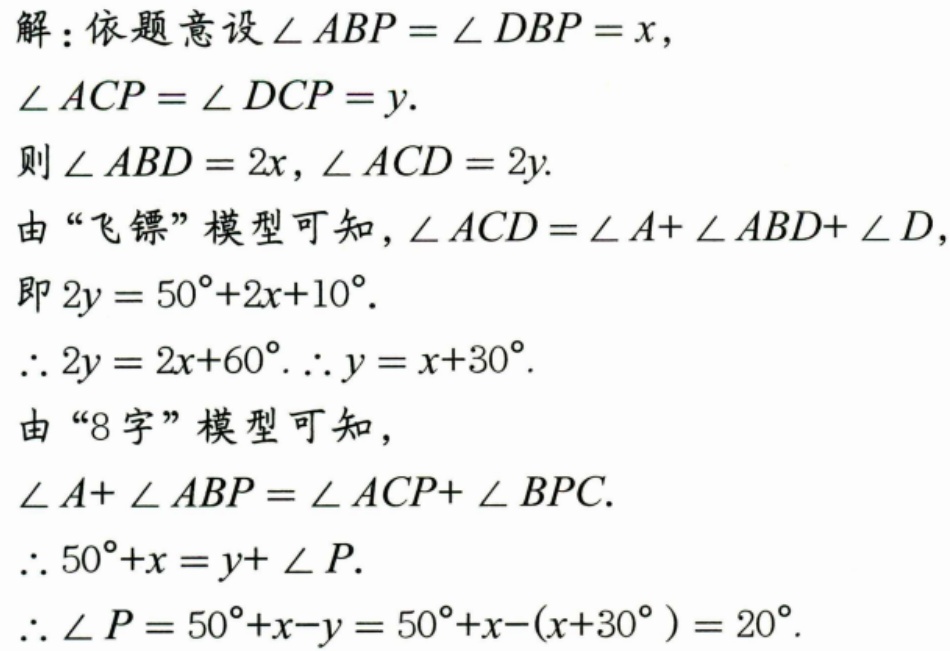
解：依题意设 \(\angle ABP=\angle DBP = x\)，
\(\angle ACP=\angle DCP = y\).
则 \(\angle ABD = 2x\)，\(\angle ACD = 2y\).
由“飞镖”模型可知，\(\angle ACD=\angle A+\angle ABD+\angle D\)，
即 \(2y = 50^{\circ}+2x + 10^{\circ}\).
\(\therefore 2y = 2x+60^{\circ}.\therefore y = x + 30^{\circ}\).
由“8字”模型可知，
\(\angle A+\angle ABP=\angle ACP+\angle BPC\).
\(\therefore 50^{\circ}+x = y+\angle P\).
\(\therefore\angle P = 50^{\circ}+x - y=50^{\circ}+x-(x + 30^{\circ}) = 20^{\circ}\).